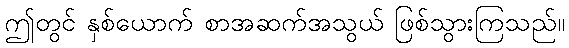
ဤတွင် နှစ်ယောက် စာအဆက်အသွယ် ဖြစ်သွားကြသည်။